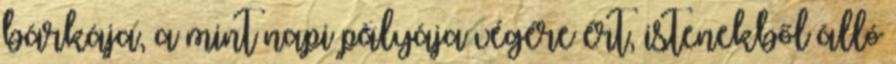
bárkája, a mint napi pályája végére ért, istenekből álló